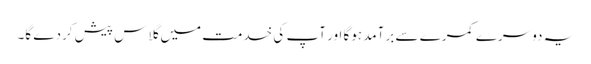
یہ دوسرے کمرے سے برآمد ہوگا اور آپ کی خدمت میں گلاس پیش کردے گا۔